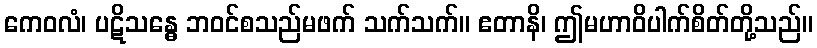
ကေဝလံ၊ ပဋိသန္ဓေ ဘဝင်စသည်မဖက် သက်သက်။ ဧတာနိ၊ ဤမဟာဝိပါက်စိတ်တို့သည်။